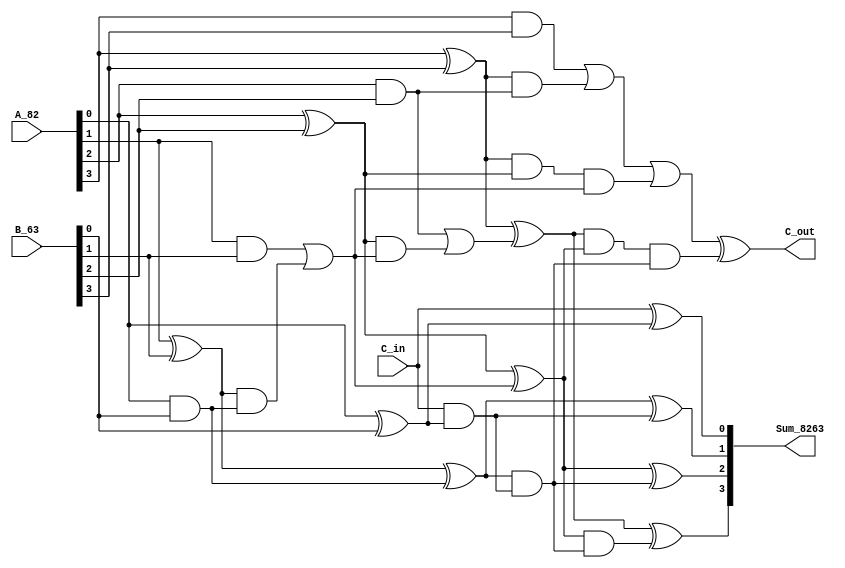
/* Generated by Yosys 0.20+70 (git sha1 6e907acf86d, gcc 8.3.1 -fPIC -Os) */

(* hdlname = "\\\\adder_4b" *)
(* top =  1  *)
(* src = "designs/adder_4b/adder_4b.v:1.1-10.10" *)
module adder_4b(A_82, B_63, C_in, Sum_8263, C_out);
  wire [3:0] _000_;
  wire [3:0] _001_;
  wire [4:0] _002_;
  (* src = "designs/adder_4b/adder_4b.v:8.29-8.40" *)
  wire [4:0] _003_;
  wire [4:0] _004_;
  wire _005_;
  wire [4:0] _006_;
  (* force_downto = 32'd1 *)
  (* src = "designs/adder_4b/adder_4b.v:8.29-8.40|/build/bin/../share/yosys/techmap.v:266.22-266.23" *)
  wire [3:0] _007_;
  (* force_downto = 32'd1 *)
  (* src = "designs/adder_4b/adder_4b.v:8.29-8.40|/build/bin/../share/yosys/techmap.v:277.21-277.23" *)
  wire [4:0] _008_;
  (* force_downto = 32'd1 *)
  (* src = "designs/adder_4b/adder_4b.v:8.29-8.40|/build/bin/../share/yosys/techmap.v:282.21-282.26" *)
  wire [4:0] _009_;
  (* force_downto = 32'd1 *)
  (* src = "designs/adder_4b/adder_4b.v:8.29-8.40|/build/bin/../share/yosys/techmap.v:268.22-268.23" *)
  wire [3:0] _010_;
  (* force_downto = 32'd1 *)
  (* src = "designs/adder_4b/adder_4b.v:8.29-8.40|/build/bin/../share/yosys/techmap.v:279.21-279.23" *)
  wire [4:0] _011_;
  (* src = "designs/adder_4b/adder_4b.v:8.29-8.40|/build/bin/../share/yosys/techmap.v:272.12-272.14" *)
  wire _012_;
  (* force_downto = 32'd1 *)
  (* src = "designs/adder_4b/adder_4b.v:8.29-8.40|/build/bin/../share/yosys/techmap.v:282.28-282.33" *)
  wire [4:0] _013_;
  (* src = "designs/adder_4b/adder_4b.v:8.29-8.40|/build/bin/../share/yosys/techmap.v:272.8-272.10" *)
  wire _014_;
  (* force_downto = 32'd1 *)
  (* src = "designs/adder_4b/adder_4b.v:8.29-8.40|/build/bin/../share/yosys/techmap.v:274.23-274.25" *)
  wire [4:0] _015_;
  (* force_downto = 32'd1 *)
  (* src = "designs/adder_4b/adder_4b.v:8.29-8.40|/build/bin/../share/yosys/techmap.v:270.23-270.24" *)
  wire [4:0] _016_;
  (* force_downto = 32'd1 *)
  (* src = "designs/adder_4b/adder_4b.v:8.29-8.40|/build/bin/../share/yosys/techmap.v:270.26-270.27" *)
  wire [4:0] _017_;
  (* src = "designs/adder_4b/adder_4b.v:8.29-8.40|/build/bin/../share/yosys/techmap.v:286.27-286.69|/build/bin/../share/yosys/techmap.v:215.8-215.10" *)
  wire _018_;
  (* force_downto = 32'd1 *)
  (* src = "designs/adder_4b/adder_4b.v:8.29-8.40|/build/bin/../share/yosys/techmap.v:286.27-286.69|/build/bin/../share/yosys/techmap.v:218.21-218.23" *)
  wire [4:0] _019_;
  (* force_downto = 32'd1 *)
  (* src = "designs/adder_4b/adder_4b.v:8.29-8.40|/build/bin/../share/yosys/techmap.v:286.27-286.69|/build/bin/../share/yosys/techmap.v:214.23-214.24" *)
  wire [4:0] _020_;
  (* force_downto = 32'd1 *)
  (* src = "designs/adder_4b/adder_4b.v:8.29-8.40|/build/bin/../share/yosys/techmap.v:286.27-286.69|/build/bin/../share/yosys/techmap.v:214.20-214.21" *)
  wire [4:0] _021_;
  wire [1023:0] _022_;
  (* force_downto = 32'd1 *)
  (* src = "designs/adder_4b/adder_4b.v:8.29-8.40|/build/bin/../share/yosys/techmap.v:286.27-286.69|/build/bin/../share/yosys/techmap.v:222.21-222.22" *)
  wire [4:0] _023_;
  (* src = "designs/adder_4b/adder_4b.v:8.29-8.40|/build/bin/../share/yosys/techmap.v:286.27-286.69|/build/bin/../share/yosys/techmap.v:220.10-220.11" *)
  wire [31:0] _024_;
  (* src = "designs/adder_4b/adder_4b.v:8.29-8.40|/build/bin/../share/yosys/techmap.v:286.27-286.69|/build/bin/../share/yosys/techmap.v:220.13-220.14" *)
  wire [31:0] _025_;
  (* force_downto = 32'd1 *)
  (* src = "designs/adder_4b/adder_4b.v:8.29-8.40|/build/bin/../share/yosys/techmap.v:286.27-286.69|/build/bin/../share/yosys/techmap.v:222.18-222.19" *)
  (* unused_bits = "1 2 3 4" *)
  wire [4:0] _026_;
  wire [4:0] _027_;
  wire [4:0] _028_;
  (* force_downto = 32'd1 *)
  (* src = "designs/adder_4b/adder_4b.v:8.29-8.47|/build/bin/../share/yosys/techmap.v:266.22-266.23" *)
  wire _029_;
  (* force_downto = 32'd1 *)
  (* src = "designs/adder_4b/adder_4b.v:8.29-8.47|/build/bin/../share/yosys/techmap.v:277.21-277.23" *)
  wire [4:0] _030_;
  (* force_downto = 32'd1 *)
  (* src = "designs/adder_4b/adder_4b.v:8.29-8.47|/build/bin/../share/yosys/techmap.v:282.21-282.26" *)
  wire [4:0] _031_;
  (* force_downto = 32'd1 *)
  (* src = "designs/adder_4b/adder_4b.v:8.29-8.47|/build/bin/../share/yosys/techmap.v:268.22-268.23" *)
  wire [4:0] _032_;
  (* force_downto = 32'd1 *)
  (* src = "designs/adder_4b/adder_4b.v:8.29-8.47|/build/bin/../share/yosys/techmap.v:279.21-279.23" *)
  wire [4:0] _033_;
  (* src = "designs/adder_4b/adder_4b.v:8.29-8.47|/build/bin/../share/yosys/techmap.v:272.12-272.14" *)
  wire _034_;
  (* force_downto = 32'd1 *)
  (* src = "designs/adder_4b/adder_4b.v:8.29-8.47|/build/bin/../share/yosys/techmap.v:282.28-282.33" *)
  wire [4:0] _035_;
  (* src = "designs/adder_4b/adder_4b.v:8.29-8.47|/build/bin/../share/yosys/techmap.v:272.8-272.10" *)
  wire _036_;
  (* force_downto = 32'd1 *)
  (* src = "designs/adder_4b/adder_4b.v:8.29-8.47|/build/bin/../share/yosys/techmap.v:274.23-274.25" *)
  wire [4:0] _037_;
  (* force_downto = 32'd1 *)
  (* src = "designs/adder_4b/adder_4b.v:8.29-8.47|/build/bin/../share/yosys/techmap.v:270.23-270.24" *)
  wire [4:0] _038_;
  (* force_downto = 32'd1 *)
  (* src = "designs/adder_4b/adder_4b.v:8.29-8.47|/build/bin/../share/yosys/techmap.v:270.26-270.27" *)
  wire [4:0] _039_;
  (* src = "designs/adder_4b/adder_4b.v:8.29-8.47|/build/bin/../share/yosys/techmap.v:286.27-286.69|/build/bin/../share/yosys/techmap.v:215.8-215.10" *)
  wire _040_;
  (* force_downto = 32'd1 *)
  (* src = "designs/adder_4b/adder_4b.v:8.29-8.47|/build/bin/../share/yosys/techmap.v:286.27-286.69|/build/bin/../share/yosys/techmap.v:218.21-218.23" *)
  wire [4:0] _041_;
  (* force_downto = 32'd1 *)
  (* src = "designs/adder_4b/adder_4b.v:8.29-8.47|/build/bin/../share/yosys/techmap.v:286.27-286.69|/build/bin/../share/yosys/techmap.v:214.23-214.24" *)
  wire [4:0] _042_;
  (* force_downto = 32'd1 *)
  (* src = "designs/adder_4b/adder_4b.v:8.29-8.47|/build/bin/../share/yosys/techmap.v:286.27-286.69|/build/bin/../share/yosys/techmap.v:214.20-214.21" *)
  wire [4:0] _043_;
  wire [1023:0] _044_;
  (* force_downto = 32'd1 *)
  (* src = "designs/adder_4b/adder_4b.v:8.29-8.47|/build/bin/../share/yosys/techmap.v:286.27-286.69|/build/bin/../share/yosys/techmap.v:222.21-222.22" *)
  wire [4:0] _045_;
  (* src = "designs/adder_4b/adder_4b.v:8.29-8.47|/build/bin/../share/yosys/techmap.v:286.27-286.69|/build/bin/../share/yosys/techmap.v:220.10-220.11" *)
  wire [31:0] _046_;
  (* src = "designs/adder_4b/adder_4b.v:8.29-8.47|/build/bin/../share/yosys/techmap.v:286.27-286.69|/build/bin/../share/yosys/techmap.v:220.13-220.14" *)
  wire [31:0] _047_;
  (* force_downto = 32'd1 *)
  (* src = "designs/adder_4b/adder_4b.v:8.29-8.47|/build/bin/../share/yosys/techmap.v:286.27-286.69|/build/bin/../share/yosys/techmap.v:222.18-222.19" *)
  (* unused_bits = "1 2 3 4" *)
  wire [4:0] _048_;
  wire [4:0] _049_;
  wire [4:0] _050_;
  (* src = "designs/adder_4b/adder_4b.v:8.29-8.40|/build/bin/../share/yosys/techmap.v:286.42-286.49" *)
  wire [4:0] _051_;
  (* src = "designs/adder_4b/adder_4b.v:8.29-8.40|/build/bin/../share/yosys/techmap.v:279.31-279.37" *)
  wire [4:0] _052_;
  (* src = "designs/adder_4b/adder_4b.v:8.29-8.40|/build/bin/../share/yosys/techmap.v:279.26-279.45" *)
  wire [4:0] _053_;
  (* src = "designs/adder_4b/adder_4b.v:8.29-8.40|/build/bin/../share/yosys/techmap.v:288.13-288.20" *)
  wire [4:0] _054_;
  (* src = "designs/adder_4b/adder_4b.v:8.29-8.40|/build/bin/../share/yosys/techmap.v:289.13-289.25" *)
  wire [5:0] _055_;
  (* src = "designs/adder_4b/adder_4b.v:8.29-8.40|/build/bin/../share/yosys/techmap.v:286.27-286.69|/build/bin/../share/yosys/techmap.v:231.18-231.27" *)
  wire _056_;
  (* src = "designs/adder_4b/adder_4b.v:8.29-8.40|/build/bin/../share/yosys/techmap.v:286.27-286.69|/build/bin/../share/yosys/techmap.v:240.19-240.41" *)
  wire _057_;
  (* src = "designs/adder_4b/adder_4b.v:8.29-8.40|/build/bin/../share/yosys/techmap.v:286.27-286.69|/build/bin/../share/yosys/techmap.v:240.19-240.41" *)
  wire _058_;
  (* src = "designs/adder_4b/adder_4b.v:8.29-8.40|/build/bin/../share/yosys/techmap.v:286.27-286.69|/build/bin/../share/yosys/techmap.v:240.19-240.41" *)
  wire _059_;
  (* src = "designs/adder_4b/adder_4b.v:8.29-8.40|/build/bin/../share/yosys/techmap.v:286.27-286.69|/build/bin/../share/yosys/techmap.v:241.12-241.34" *)
  wire _060_;
  (* src = "designs/adder_4b/adder_4b.v:8.29-8.40|/build/bin/../share/yosys/techmap.v:286.27-286.69|/build/bin/../share/yosys/techmap.v:248.19-248.41" *)
  wire _061_;
  (* src = "designs/adder_4b/adder_4b.v:8.29-8.40|/build/bin/../share/yosys/techmap.v:286.27-286.69|/build/bin/../share/yosys/techmap.v:248.19-248.41" *)
  wire _062_;
  (* src = "designs/adder_4b/adder_4b.v:8.29-8.40|/build/bin/../share/yosys/techmap.v:286.27-286.69|/build/bin/../share/yosys/techmap.v:240.12-240.41" *)
  wire _063_;
  (* src = "designs/adder_4b/adder_4b.v:8.29-8.47|/build/bin/../share/yosys/techmap.v:286.42-286.49" *)
  wire [4:0] _064_;
  (* src = "designs/adder_4b/adder_4b.v:8.29-8.47|/build/bin/../share/yosys/techmap.v:279.31-279.37" *)
  wire [4:0] _065_;
  (* src = "designs/adder_4b/adder_4b.v:8.29-8.47|/build/bin/../share/yosys/techmap.v:279.26-279.45" *)
  wire [4:0] _066_;
  (* src = "designs/adder_4b/adder_4b.v:8.29-8.47|/build/bin/../share/yosys/techmap.v:288.13-288.20" *)
  wire [4:0] _067_;
  (* src = "designs/adder_4b/adder_4b.v:8.29-8.47|/build/bin/../share/yosys/techmap.v:289.13-289.25" *)
  wire [5:0] _068_;
  (* src = "designs/adder_4b/adder_4b.v:8.29-8.47|/build/bin/../share/yosys/techmap.v:286.27-286.69|/build/bin/../share/yosys/techmap.v:231.18-231.27" *)
  wire _069_;
  (* src = "designs/adder_4b/adder_4b.v:8.29-8.47|/build/bin/../share/yosys/techmap.v:286.27-286.69|/build/bin/../share/yosys/techmap.v:240.19-240.41" *)
  wire _070_;
  (* src = "designs/adder_4b/adder_4b.v:8.29-8.47|/build/bin/../share/yosys/techmap.v:286.27-286.69|/build/bin/../share/yosys/techmap.v:240.19-240.41" *)
  wire _071_;
  (* src = "designs/adder_4b/adder_4b.v:8.29-8.47|/build/bin/../share/yosys/techmap.v:286.27-286.69|/build/bin/../share/yosys/techmap.v:240.19-240.41" *)
  wire _072_;
  (* src = "designs/adder_4b/adder_4b.v:8.29-8.47|/build/bin/../share/yosys/techmap.v:286.27-286.69|/build/bin/../share/yosys/techmap.v:241.12-241.34" *)
  wire _073_;
  (* src = "designs/adder_4b/adder_4b.v:8.29-8.47|/build/bin/../share/yosys/techmap.v:286.27-286.69|/build/bin/../share/yosys/techmap.v:248.19-248.41" *)
  wire _074_;
  (* src = "designs/adder_4b/adder_4b.v:8.29-8.47|/build/bin/../share/yosys/techmap.v:286.27-286.69|/build/bin/../share/yosys/techmap.v:248.19-248.41" *)
  wire _075_;
  (* src = "designs/adder_4b/adder_4b.v:8.29-8.47|/build/bin/../share/yosys/techmap.v:286.27-286.69|/build/bin/../share/yosys/techmap.v:240.12-240.41" *)
  wire _076_;
  (* src = "designs/adder_4b/adder_4b.v:2.14-2.18" *)
  input [3:0] A_82;
  wire [3:0] A_82;
  (* src = "designs/adder_4b/adder_4b.v:2.20-2.24" *)
  input [3:0] B_63;
  wire [3:0] B_63;
  (* src = "designs/adder_4b/adder_4b.v:3.8-3.12" *)
  input C_in;
  wire C_in;
  (* src = "designs/adder_4b/adder_4b.v:5.9-5.14" *)
  output C_out;
  wire C_out;
  (* src = "designs/adder_4b/adder_4b.v:4.15-4.23" *)
  output [3:0] Sum_8263;
  wire [3:0] Sum_8263;
  assign _053_[0] = 1'h0 ? (* src = "designs/adder_4b/adder_4b.v:8.29-8.40|/build/bin/../share/yosys/techmap.v:279.26-279.45" *) _052_[0] : _013_[0];
  assign _053_[1] = 1'h0 ? (* src = "designs/adder_4b/adder_4b.v:8.29-8.40|/build/bin/../share/yosys/techmap.v:279.26-279.45" *) _052_[1] : _013_[1];
  assign _053_[2] = 1'h0 ? (* src = "designs/adder_4b/adder_4b.v:8.29-8.40|/build/bin/../share/yosys/techmap.v:279.26-279.45" *) _052_[2] : _013_[2];
  assign _053_[3] = 1'h0 ? (* src = "designs/adder_4b/adder_4b.v:8.29-8.40|/build/bin/../share/yosys/techmap.v:279.26-279.45" *) _052_[3] : _013_[3];
  assign _053_[4] = 1'h0 ? (* src = "designs/adder_4b/adder_4b.v:8.29-8.40|/build/bin/../share/yosys/techmap.v:279.26-279.45" *) _052_[4] : _013_[4];
  assign _066_[0] = 1'h0 ? (* src = "designs/adder_4b/adder_4b.v:8.29-8.47|/build/bin/../share/yosys/techmap.v:279.26-279.45" *) _065_[0] : _035_[0];
  assign _066_[1] = 1'h0 ? (* src = "designs/adder_4b/adder_4b.v:8.29-8.47|/build/bin/../share/yosys/techmap.v:279.26-279.45" *) _065_[1] : _035_[1];
  assign _066_[2] = 1'h0 ? (* src = "designs/adder_4b/adder_4b.v:8.29-8.47|/build/bin/../share/yosys/techmap.v:279.26-279.45" *) _065_[2] : _035_[2];
  assign _066_[3] = 1'h0 ? (* src = "designs/adder_4b/adder_4b.v:8.29-8.47|/build/bin/../share/yosys/techmap.v:279.26-279.45" *) _065_[3] : _035_[3];
  assign _066_[4] = 1'h0 ? (* src = "designs/adder_4b/adder_4b.v:8.29-8.47|/build/bin/../share/yosys/techmap.v:279.26-279.45" *) _065_[4] : _035_[4];
  assign _052_[0] = ~(* src = "designs/adder_4b/adder_4b.v:8.29-8.40|/build/bin/../share/yosys/techmap.v:279.31-279.37" *) _013_[0];
  assign _052_[1] = ~(* src = "designs/adder_4b/adder_4b.v:8.29-8.40|/build/bin/../share/yosys/techmap.v:279.31-279.37" *) _013_[1];
  assign _052_[2] = ~(* src = "designs/adder_4b/adder_4b.v:8.29-8.40|/build/bin/../share/yosys/techmap.v:279.31-279.37" *) _013_[2];
  assign _052_[3] = ~(* src = "designs/adder_4b/adder_4b.v:8.29-8.40|/build/bin/../share/yosys/techmap.v:279.31-279.37" *) _013_[3];
  assign _052_[4] = ~(* src = "designs/adder_4b/adder_4b.v:8.29-8.40|/build/bin/../share/yosys/techmap.v:279.31-279.37" *) _013_[4];
  assign _065_[0] = ~(* src = "designs/adder_4b/adder_4b.v:8.29-8.47|/build/bin/../share/yosys/techmap.v:279.31-279.37" *) _035_[0];
  assign _065_[1] = ~(* src = "designs/adder_4b/adder_4b.v:8.29-8.47|/build/bin/../share/yosys/techmap.v:279.31-279.37" *) _035_[1];
  assign _065_[2] = ~(* src = "designs/adder_4b/adder_4b.v:8.29-8.47|/build/bin/../share/yosys/techmap.v:279.31-279.37" *) _035_[2];
  assign _065_[3] = ~(* src = "designs/adder_4b/adder_4b.v:8.29-8.47|/build/bin/../share/yosys/techmap.v:279.31-279.37" *) _035_[3];
  assign _065_[4] = ~(* src = "designs/adder_4b/adder_4b.v:8.29-8.47|/build/bin/../share/yosys/techmap.v:279.31-279.37" *) _035_[4];
  assign _055_[4] = _027_[4] ^(* src = "designs/adder_4b/adder_4b.v:8.29-8.40|/build/bin/../share/yosys/techmap.v:289.13-289.25" *)  _028_[3];
  assign _055_[5] = 1'h0 ^(* src = "designs/adder_4b/adder_4b.v:8.29-8.40|/build/bin/../share/yosys/techmap.v:289.13-289.25" *)  _028_[4];
  assign _054_[0] = _008_[0] ^(* src = "designs/adder_4b/adder_4b.v:8.29-8.40|/build/bin/../share/yosys/techmap.v:288.13-288.20" *)  _011_[0];
  assign _054_[1] = _008_[1] ^(* src = "designs/adder_4b/adder_4b.v:8.29-8.40|/build/bin/../share/yosys/techmap.v:288.13-288.20" *)  _011_[1];
  assign _054_[2] = _008_[2] ^(* src = "designs/adder_4b/adder_4b.v:8.29-8.40|/build/bin/../share/yosys/techmap.v:288.13-288.20" *)  _011_[2];
  assign _054_[3] = _008_[3] ^(* src = "designs/adder_4b/adder_4b.v:8.29-8.40|/build/bin/../share/yosys/techmap.v:288.13-288.20" *)  _011_[3];
  assign _054_[4] = _008_[4] ^(* src = "designs/adder_4b/adder_4b.v:8.29-8.40|/build/bin/../share/yosys/techmap.v:288.13-288.20" *)  _011_[4];
  assign _051_[0] = _008_[0] &(* src = "designs/adder_4b/adder_4b.v:8.29-8.40|/build/bin/../share/yosys/techmap.v:286.42-286.49" *)  _011_[0];
  assign _051_[1] = _008_[1] &(* src = "designs/adder_4b/adder_4b.v:8.29-8.40|/build/bin/../share/yosys/techmap.v:286.42-286.49" *)  _011_[1];
  assign _051_[2] = _008_[2] &(* src = "designs/adder_4b/adder_4b.v:8.29-8.40|/build/bin/../share/yosys/techmap.v:286.42-286.49" *)  _011_[2];
  assign _051_[3] = _008_[3] &(* src = "designs/adder_4b/adder_4b.v:8.29-8.40|/build/bin/../share/yosys/techmap.v:286.42-286.49" *)  _011_[3];
  assign _051_[4] = _008_[4] &(* src = "designs/adder_4b/adder_4b.v:8.29-8.40|/build/bin/../share/yosys/techmap.v:286.42-286.49" *)  _011_[4];
  assign _068_[0] = _049_[0] ^(* src = "designs/adder_4b/adder_4b.v:8.29-8.47|/build/bin/../share/yosys/techmap.v:289.13-289.25" *)  1'h0;
  assign _068_[1] = _049_[1] ^(* src = "designs/adder_4b/adder_4b.v:8.29-8.47|/build/bin/../share/yosys/techmap.v:289.13-289.25" *)  _050_[0];
  assign _068_[2] = _049_[2] ^(* src = "designs/adder_4b/adder_4b.v:8.29-8.47|/build/bin/../share/yosys/techmap.v:289.13-289.25" *)  _050_[1];
  assign _068_[3] = _049_[3] ^(* src = "designs/adder_4b/adder_4b.v:8.29-8.47|/build/bin/../share/yosys/techmap.v:289.13-289.25" *)  _050_[2];
  assign _068_[4] = _049_[4] ^(* src = "designs/adder_4b/adder_4b.v:8.29-8.47|/build/bin/../share/yosys/techmap.v:289.13-289.25" *)  _050_[3];
  assign _068_[5] = 1'h0 ^(* src = "designs/adder_4b/adder_4b.v:8.29-8.47|/build/bin/../share/yosys/techmap.v:289.13-289.25" *)  _050_[4];
  assign _067_[0] = _030_[0] ^(* src = "designs/adder_4b/adder_4b.v:8.29-8.47|/build/bin/../share/yosys/techmap.v:288.13-288.20" *)  _033_[0];
  assign _067_[1] = _030_[1] ^(* src = "designs/adder_4b/adder_4b.v:8.29-8.47|/build/bin/../share/yosys/techmap.v:288.13-288.20" *)  _033_[1];
  assign _067_[2] = _030_[2] ^(* src = "designs/adder_4b/adder_4b.v:8.29-8.47|/build/bin/../share/yosys/techmap.v:288.13-288.20" *)  _033_[2];
  assign _067_[3] = _030_[3] ^(* src = "designs/adder_4b/adder_4b.v:8.29-8.47|/build/bin/../share/yosys/techmap.v:288.13-288.20" *)  _033_[3];
  assign _067_[4] = _030_[4] ^(* src = "designs/adder_4b/adder_4b.v:8.29-8.47|/build/bin/../share/yosys/techmap.v:288.13-288.20" *)  _033_[4];
  assign _064_[0] = _030_[0] &(* src = "designs/adder_4b/adder_4b.v:8.29-8.47|/build/bin/../share/yosys/techmap.v:286.42-286.49" *)  _033_[0];
  assign _064_[1] = _030_[1] &(* src = "designs/adder_4b/adder_4b.v:8.29-8.47|/build/bin/../share/yosys/techmap.v:286.42-286.49" *)  _033_[1];
  assign _064_[2] = _030_[2] &(* src = "designs/adder_4b/adder_4b.v:8.29-8.47|/build/bin/../share/yosys/techmap.v:286.42-286.49" *)  _033_[2];
  assign _064_[3] = _030_[3] &(* src = "designs/adder_4b/adder_4b.v:8.29-8.47|/build/bin/../share/yosys/techmap.v:286.42-286.49" *)  _033_[3];
  assign _064_[4] = _030_[4] &(* src = "designs/adder_4b/adder_4b.v:8.29-8.47|/build/bin/../share/yosys/techmap.v:286.42-286.49" *)  _033_[4];
  assign _056_ = _027_[0] &(* src = "designs/adder_4b/adder_4b.v:8.29-8.40|/build/bin/../share/yosys/techmap.v:286.27-286.69|/build/bin/../share/yosys/techmap.v:231.18-231.27" *)  1'h0;
  assign _057_ = _027_[1] &(* src = "designs/adder_4b/adder_4b.v:8.29-8.40|/build/bin/../share/yosys/techmap.v:286.27-286.69|/build/bin/../share/yosys/techmap.v:240.19-240.41" *)  _028_[0];
  assign _058_ = _027_[3] &(* src = "designs/adder_4b/adder_4b.v:8.29-8.40|/build/bin/../share/yosys/techmap.v:286.27-286.69|/build/bin/../share/yosys/techmap.v:240.19-240.41" *)  _051_[2];
  assign _059_ = _060_ &(* src = "designs/adder_4b/adder_4b.v:8.29-8.40|/build/bin/../share/yosys/techmap.v:286.27-286.69|/build/bin/../share/yosys/techmap.v:240.19-240.41" *)  _028_[1];
  assign _060_ = _027_[3] &(* src = "designs/adder_4b/adder_4b.v:8.29-8.40|/build/bin/../share/yosys/techmap.v:286.27-286.69|/build/bin/../share/yosys/techmap.v:241.12-241.34" *)  _027_[2];
  assign _061_ = _027_[2] &(* src = "designs/adder_4b/adder_4b.v:8.29-8.40|/build/bin/../share/yosys/techmap.v:286.27-286.69|/build/bin/../share/yosys/techmap.v:248.19-248.41" *)  _028_[1];
  assign _062_ = _027_[4] &(* src = "designs/adder_4b/adder_4b.v:8.29-8.40|/build/bin/../share/yosys/techmap.v:286.27-286.69|/build/bin/../share/yosys/techmap.v:248.19-248.41" *)  _028_[3];
  assign _028_[0] = _051_[0] |(* src = "designs/adder_4b/adder_4b.v:8.29-8.40|/build/bin/../share/yosys/techmap.v:286.27-286.69|/build/bin/../share/yosys/techmap.v:231.10-231.28" *)  _056_;
  assign _028_[1] = _051_[1] |(* src = "designs/adder_4b/adder_4b.v:8.29-8.40|/build/bin/../share/yosys/techmap.v:286.27-286.69|/build/bin/../share/yosys/techmap.v:240.12-240.41" *)  _057_;
  assign _063_ = _051_[3] |(* src = "designs/adder_4b/adder_4b.v:8.29-8.40|/build/bin/../share/yosys/techmap.v:286.27-286.69|/build/bin/../share/yosys/techmap.v:240.12-240.41" *)  _058_;
  assign _028_[3] = _063_ |(* src = "designs/adder_4b/adder_4b.v:8.29-8.40|/build/bin/../share/yosys/techmap.v:286.27-286.69|/build/bin/../share/yosys/techmap.v:240.12-240.41" *)  _059_;
  assign _028_[2] = _051_[2] |(* src = "designs/adder_4b/adder_4b.v:8.29-8.40|/build/bin/../share/yosys/techmap.v:286.27-286.69|/build/bin/../share/yosys/techmap.v:248.12-248.41" *)  _061_;
  assign _028_[4] = _051_[4] |(* src = "designs/adder_4b/adder_4b.v:8.29-8.40|/build/bin/../share/yosys/techmap.v:286.27-286.69|/build/bin/../share/yosys/techmap.v:248.12-248.41" *)  _062_;
  assign _069_ = _049_[0] &(* src = "designs/adder_4b/adder_4b.v:8.29-8.47|/build/bin/../share/yosys/techmap.v:286.27-286.69|/build/bin/../share/yosys/techmap.v:231.18-231.27" *)  1'h0;
  assign _070_ = _049_[1] &(* src = "designs/adder_4b/adder_4b.v:8.29-8.47|/build/bin/../share/yosys/techmap.v:286.27-286.69|/build/bin/../share/yosys/techmap.v:240.19-240.41" *)  _050_[0];
  assign _071_ = _049_[3] &(* src = "designs/adder_4b/adder_4b.v:8.29-8.47|/build/bin/../share/yosys/techmap.v:286.27-286.69|/build/bin/../share/yosys/techmap.v:240.19-240.41" *)  _064_[2];
  assign _072_ = _073_ &(* src = "designs/adder_4b/adder_4b.v:8.29-8.47|/build/bin/../share/yosys/techmap.v:286.27-286.69|/build/bin/../share/yosys/techmap.v:240.19-240.41" *)  _050_[1];
  assign _073_ = _049_[3] &(* src = "designs/adder_4b/adder_4b.v:8.29-8.47|/build/bin/../share/yosys/techmap.v:286.27-286.69|/build/bin/../share/yosys/techmap.v:241.12-241.34" *)  _049_[2];
  assign _074_ = _049_[2] &(* src = "designs/adder_4b/adder_4b.v:8.29-8.47|/build/bin/../share/yosys/techmap.v:286.27-286.69|/build/bin/../share/yosys/techmap.v:248.19-248.41" *)  _050_[1];
  assign _075_ = _049_[4] &(* src = "designs/adder_4b/adder_4b.v:8.29-8.47|/build/bin/../share/yosys/techmap.v:286.27-286.69|/build/bin/../share/yosys/techmap.v:248.19-248.41" *)  _050_[3];
  assign _050_[0] = _064_[0] |(* src = "designs/adder_4b/adder_4b.v:8.29-8.47|/build/bin/../share/yosys/techmap.v:286.27-286.69|/build/bin/../share/yosys/techmap.v:231.10-231.28" *)  _069_;
  assign _050_[1] = _064_[1] |(* src = "designs/adder_4b/adder_4b.v:8.29-8.47|/build/bin/../share/yosys/techmap.v:286.27-286.69|/build/bin/../share/yosys/techmap.v:240.12-240.41" *)  _070_;
  assign _076_ = _064_[3] |(* src = "designs/adder_4b/adder_4b.v:8.29-8.47|/build/bin/../share/yosys/techmap.v:286.27-286.69|/build/bin/../share/yosys/techmap.v:240.12-240.41" *)  _071_;
  assign _050_[3] = _076_ |(* src = "designs/adder_4b/adder_4b.v:8.29-8.47|/build/bin/../share/yosys/techmap.v:286.27-286.69|/build/bin/../share/yosys/techmap.v:240.12-240.41" *)  _072_;
  assign _050_[2] = _064_[2] |(* src = "designs/adder_4b/adder_4b.v:8.29-8.47|/build/bin/../share/yosys/techmap.v:286.27-286.69|/build/bin/../share/yosys/techmap.v:248.12-248.41" *)  _074_;
  assign _050_[4] = _064_[4] |(* src = "designs/adder_4b/adder_4b.v:8.29-8.47|/build/bin/../share/yosys/techmap.v:286.27-286.69|/build/bin/../share/yosys/techmap.v:248.12-248.41" *)  _075_;
  assign _055_[0] = _027_[0] ^(* src = "designs/adder_4b/adder_4b.v:8.29-8.40|/build/bin/../share/yosys/techmap.v:289.13-289.25" *)  1'h0;
  assign _055_[1] = _027_[1] ^(* src = "designs/adder_4b/adder_4b.v:8.29-8.40|/build/bin/../share/yosys/techmap.v:289.13-289.25" *)  _028_[0];
  assign _055_[2] = _027_[2] ^(* src = "designs/adder_4b/adder_4b.v:8.29-8.40|/build/bin/../share/yosys/techmap.v:289.13-289.25" *)  _028_[1];
  assign _055_[3] = _027_[3] ^(* src = "designs/adder_4b/adder_4b.v:8.29-8.40|/build/bin/../share/yosys/techmap.v:289.13-289.25" *)  _028_[2];
  assign _015_ = _028_;
  assign _016_ = _027_;
  assign _017_ = _003_;
  assign _010_ = B_63;
  assign _007_ = A_82;
  assign _008_ = _009_;
  assign _011_ = _053_;
  assign _027_ = _054_;
  assign _003_ = _055_[4:0];
  assign _037_ = _050_;
  assign _038_ = _049_;
  assign _039_ = { C_out, Sum_8263 };
  assign _032_ = _003_;
  assign _029_ = C_in;
  assign _030_ = _031_;
  assign _033_ = _066_;
  assign _049_ = _067_;
  assign { C_out, Sum_8263 } = _068_[4:0];
  assign _019_ = _028_;
  assign _020_ = _051_;
  assign _021_ = _027_;
  assign _022_ = 1024'h000000000000000000000000000000000000000000000000000000000000000000000000000000000000000000000000000000000000000000000000000000000000000000000000000000000000000000000000000000000000000000000000000000000000000000000000000000000070726f633b206f7074202d66617374;
  assign _023_ = _028_;
  assign _026_[0] = _027_[0];
  assign _025_ = 32'd6;
  assign _024_ = 32'd0;
  assign _013_ = { 1'h0, B_63 };
  assign _009_ = { 1'h0, A_82 };
  assign _041_ = _050_;
  assign _042_ = _064_;
  assign _043_ = _049_;
  assign _044_ = 1024'h000000000000000000000000000000000000000000000000000000000000000000000000000000000000000000000000000000000000000000000000000000000000000000000000000000000000000000000000000000000000000000000000000000000000000000000000000000000070726f633b206f7074202d66617374;
  assign _045_ = _050_;
  assign _048_[0] = _049_[0];
  assign _047_ = 32'd6;
  assign _046_ = 32'd0;
  assign _035_ = _003_;
  assign _031_ = { 4'h0, C_in };
endmodule